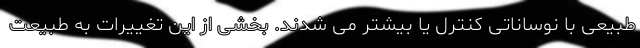
طبیعی با نوساناتی کنترل یا بیشتر می شدند. بخشی از این تغییرات به طبیعت